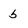
Character: b